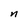
Character: n